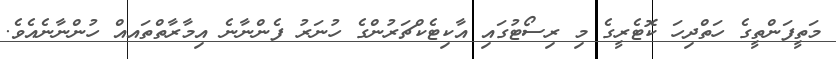
މަތީފަންތީގެ ހަތްދިހަ ކޮޓެރީގެ މި ރިސޯޓުގައި އާކިޓެކްޗަރުންގެ ހުނަރު ފެންނާނެ އިމާރާތްތައއް ހުންނާނެއެވެ.